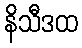
နိသီဒထ